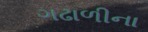
ગઢાળીના